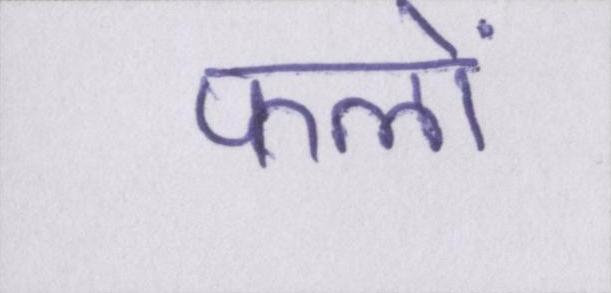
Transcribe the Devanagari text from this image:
फलों